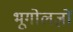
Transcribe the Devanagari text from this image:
भूगोलज्ञों